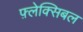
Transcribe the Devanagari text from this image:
फ़्लेक्सिबल